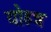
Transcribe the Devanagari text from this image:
योहन्न